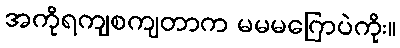
အကိုရကျစကျတာက မမမဂြောပဲကိုး။